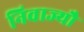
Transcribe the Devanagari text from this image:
निवाज्यौ